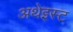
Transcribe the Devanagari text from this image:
अथेइस्ट